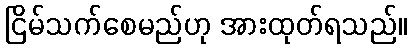
ငြိမ်သက်စေမည်ဟု အားထုတ်ရသည်။